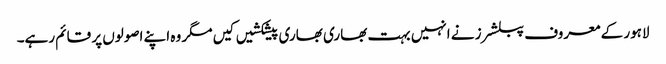
لاہور کے معروف پبلشرز نے انہیں بہت بھاری بھاری پیشکشیں کیں مگر وہ اپنے اصولوں پر قائم رہے۔